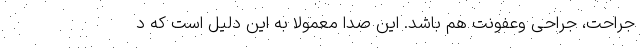
جراحت، جراحی وعفونت هم باشد. این صدا معمولاً به این دلیل است که د